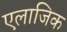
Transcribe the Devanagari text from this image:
एलाजिक